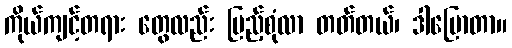
ကိုယ်ကျင့်တရား တွေလည်း ပြည့်စုံလာ တတ်တယ်၊ ဒါပြောတာ။